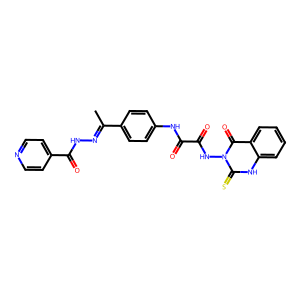
SMILES: CC(=NNC(=O)c1ccncc1)c1ccc(NC(=O)C(=O)Nn2c(=S)[nH]c3ccccc3c2=O)cc1
Inhibits HIV replication: No